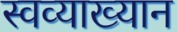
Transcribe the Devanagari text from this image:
स्वव्याख्यान